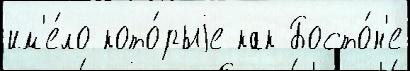
им'е́ло кото́рыjе как Босто́н'е